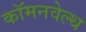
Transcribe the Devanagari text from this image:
कॉमनवेल्‍थ